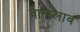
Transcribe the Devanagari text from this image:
वात्स्लाव